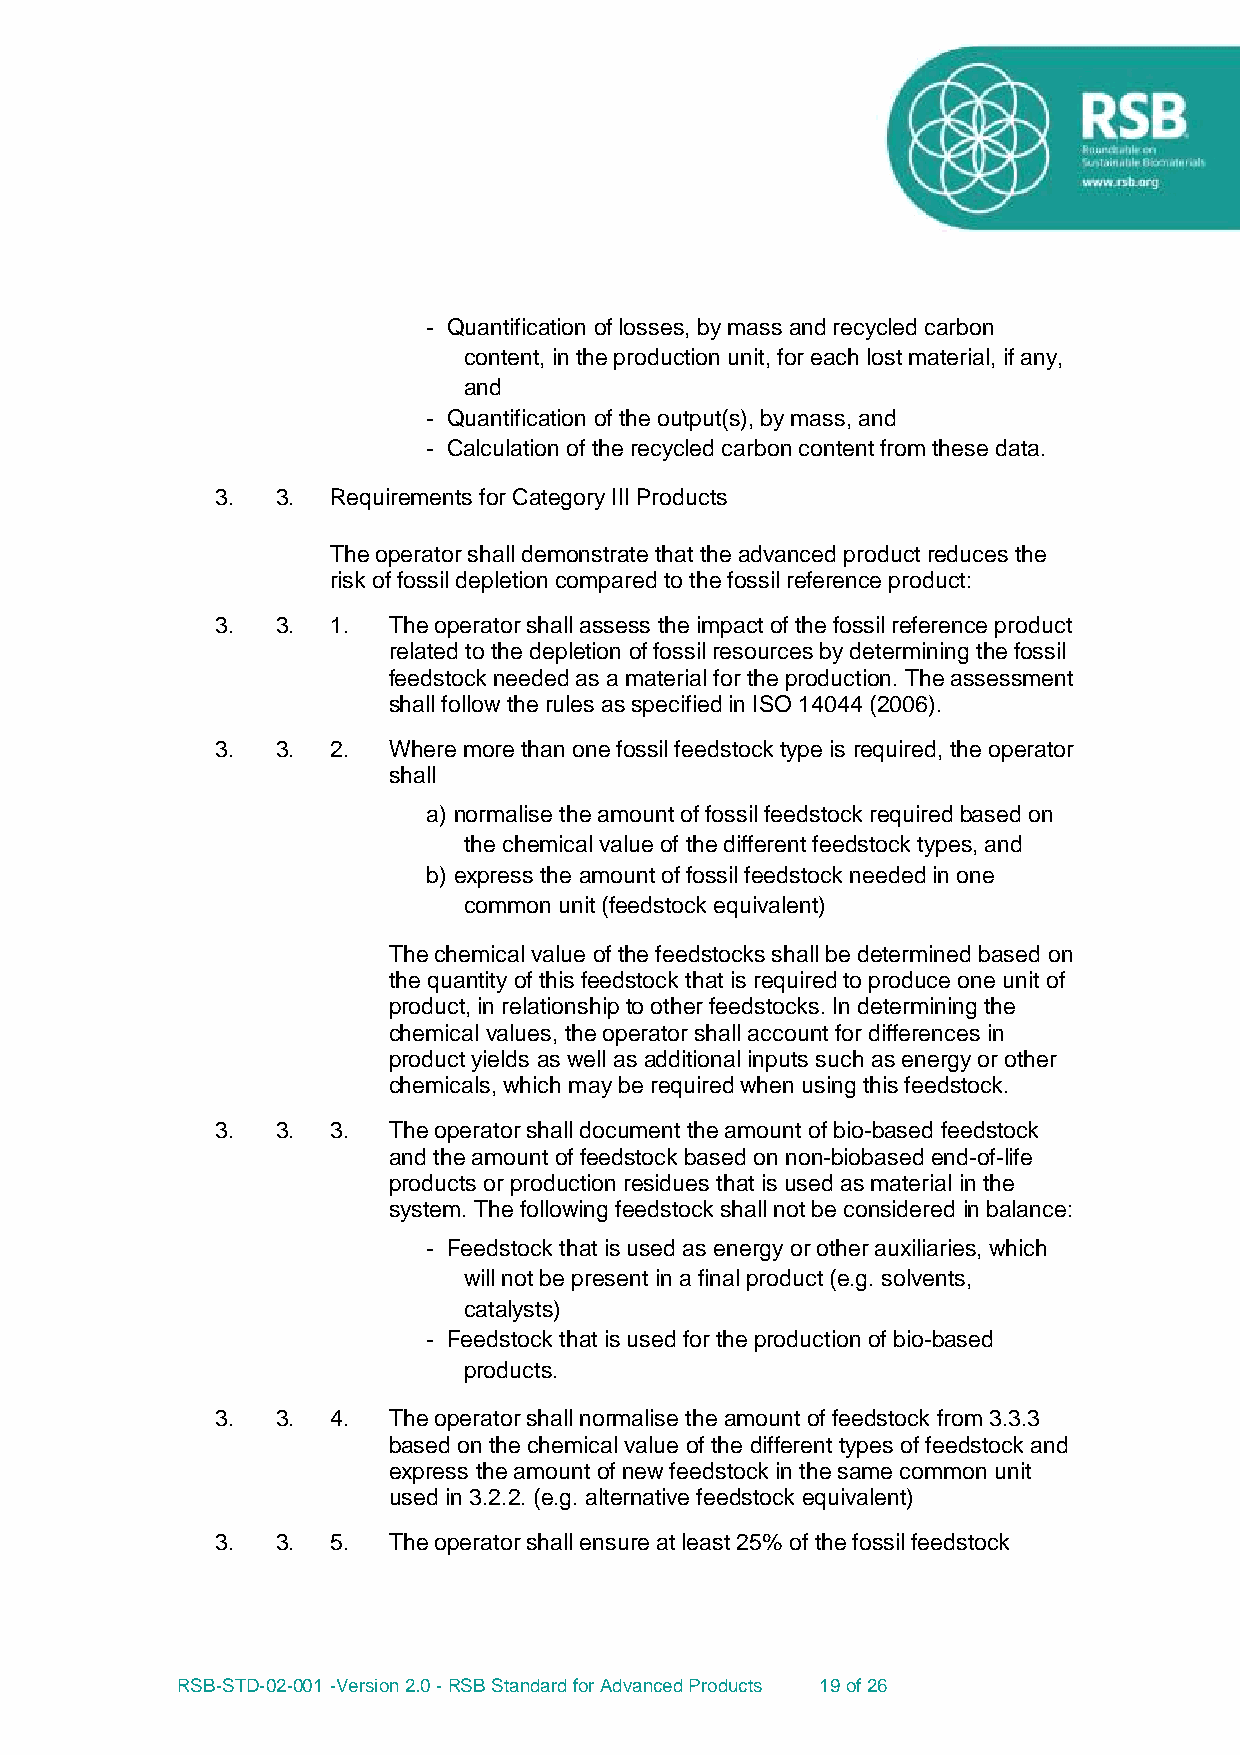
- Quantification of losses, by mass and recycled carbon
 content, in the production unit, for each lost material, if any,
 and
 - Quantification of the output(s), by mass, and
 - Calculation of the recycled carbon content from these data.
 3.  3.  Requirements for Category III Products
 The operator shall demonstrate that the advanced product reduces the
 risk of fossil depletion compared to the fossil reference product:
 3.  3.  1.  The operator shall assess the impact of the fossil reference product
 related to the depletion of fossil resources by determining the fossil
 feedstock needed as a material for the production. The assessment
 shall follow the rules as specified in ISO 14044 (2006).
 3.  3.  2.  Where more than one fossil feedstock type is required, the operator
 shall
 a) normalise the amount of fossil feedstock required based on
 the chemical value of the different feedstock types, and
 b) express the amount of fossil feedstock needed in one
 common unit (feedstock equivalent)
 The chemical value of the feedstocks shall be determined based on
 the quantity of this feedstock that is required to produce one unit of
 product, in relationship to other feedstocks. In determining the
 chemical values, the operator shall account for differences in
 product yields as well as additional inputs such as energy or other
 chemicals, which may be required when using this feedstock.
 3.  3.  3.  The operator shall document the amount of bio-based feedstock
 and the amount of feedstock based on non-biobased end-of-life
 products or production residues that is used as material in the
 system. The following feedstock shall not be considered in balance:
 - Feedstock that is used as energy or other auxiliaries, which
 will not be present in a final product (e.g. solvents,
 catalysts)
 - Feedstock that is used for the production of bio-based
 products.
 3.  3.  4.  The operator shall normalise the amount of feedstock from 3.3.3
 based on the chemical value of the different types of feedstock and
 express the amount of new feedstock in the same common unit
 used in 3.2.2. (e.g. alternative feedstock equivalent)
 3.  3.  5.  The operator shall ensure at least 25% of the fossil feedstock
 RSB-STD-02-001 -Version 2.0 - RSB Standard for Advanced Products 19 of 26